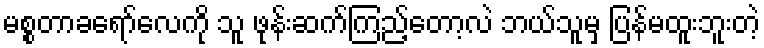
မစ္စတာခရော်လေကို သူ ဖုန်းဆက်ကြည့်တော့လဲ ဘယ်သူမှ ပြန်မထူးဘူးတဲ့